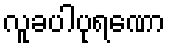
လူခပါပုရဏော